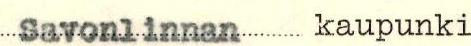
Savonlinnan kaupunki